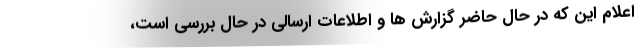
اعلام این که در حال حاضر گزارش ها و اطلاعات ارسالی در حال بررسی است،